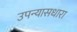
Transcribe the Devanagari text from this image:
उपन्यासधारा